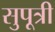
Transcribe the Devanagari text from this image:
सुपूत्री